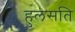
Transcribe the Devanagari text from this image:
हुलसति